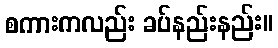
စကားကလည်း ခပ်နည်းနည်း။